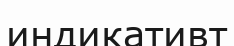
индикативт